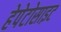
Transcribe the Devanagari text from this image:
हेपेटोसाइट